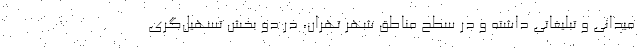
میدانی و تبلیغاتی داشته و در سطح مناطق شهر تهران، در دو بخش تسهیل‌گری